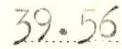
39.56